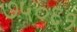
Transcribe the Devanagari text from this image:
७५०६१